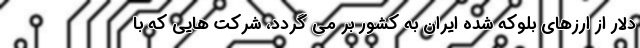
دلار از ارزهای بلوکه شده ایران به کشور بر می گردد، شرکت هایی که با